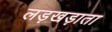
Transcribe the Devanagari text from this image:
लड़खड़ाता